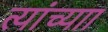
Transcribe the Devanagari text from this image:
त्यांच्याा